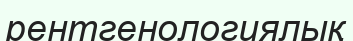
рентгенологиялық